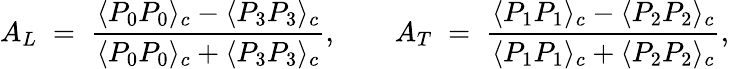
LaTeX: A_{L}\; =\; {\frac{\displaystyle\langle P_{0}P_{0}\rangle_{c}-\langle P_{3}P_{3}\rangle_{c}}{\displaystyle\langle P_{0}P_{0}\rangle_{c}+\langle P_{3}P_{3}\rangle_{c}}},\quad\quad A_{T}\; =\; {\frac{\displaystyle\langle P_{1}P_{1}\rangle_{c}-\langle P_{2}P_{2}\rangle_{c}}{\displaystyle\langle P_{1}P_{1}\rangle_{c}+\langle P_{2}P_{2}\rangle_{c}}},